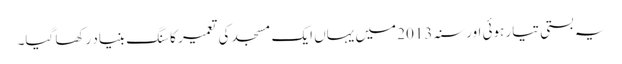
یہ بستی تیار ہوئی اور سنہ 2013 میں یہاں ایک مسجد کی تعمیر کا سنگ بنیاد رکھا گیا۔